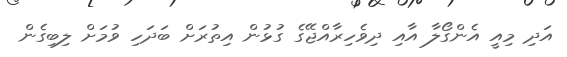
އަދި މިއީ އެންގޯލާ އާއި ދިވެހިރާއްޖޭގެ ގުޅުން އިތުރަށް ބަދަހި ވުމަށް ލިބިގެން